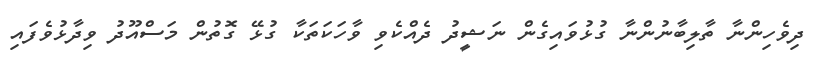
ދިވެހިންނާ ތާލިބާނުންނާ ގުޅުވައިގެން ނަޝީދު ދެއްކެވި ވާހަކަތަކާ ގުޅޭ ގޮތުން މަސްއޫދު ވިދާޅުވެފައި